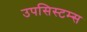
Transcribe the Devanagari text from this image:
उपसिस्टम्स